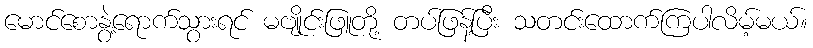
မောင်စောနွဲ့ရောက်သွားရင် မဗျိုင်းဖြူတို့ တပ်ဖြန့်ပြီး သတင်းထောက်ကြပါလိမ့်မယ်။